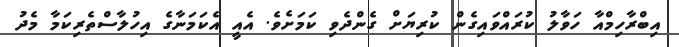
އިބްރާހިމްއާ ހަވާލު ކުރައްވައިގެން ކުރިޔަށް ގެންދެވި ކަމަށެވެ. އެއީ އެކަމަނާގެ އިހުލާސްތެރިކަމާ މެދު